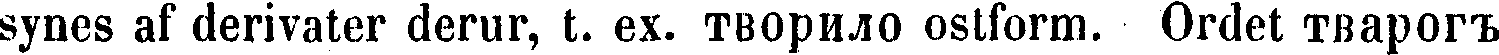
synes af derivater derur, t. ex. TBOpилo ostform. Ordet TBaporz